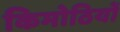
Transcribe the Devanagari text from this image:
किमोठियों